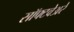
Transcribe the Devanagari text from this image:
सॉफ्टवेअरे